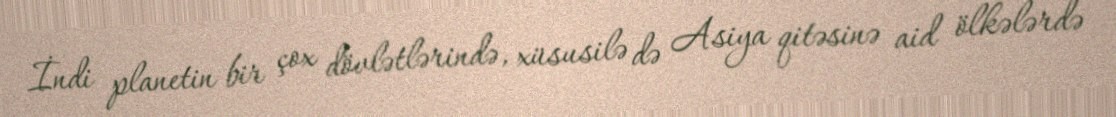
İndi planetin bir çox dövlətlərində, xüsusilə də Asiya qitəsinə aid ölkələrdə